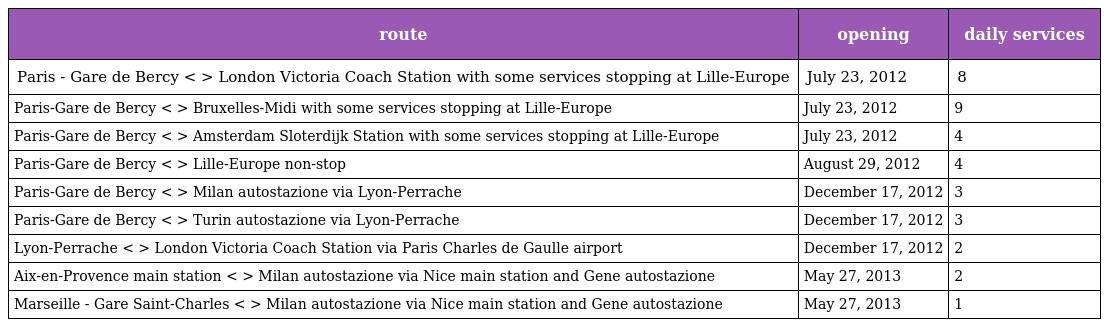
| route | opening | daily services |
 | --- | --- | --- |
 | Paris - Gare de Bercy < > London Victoria Coach Station with some services stopping at Lille-Europe | July 23, 2012 | 8 |
 | Paris-Gare de Bercy < > Bruxelles-Midi with some services stopping at Lille-Europe | July 23, 2012 | 9 |
 | Paris-Gare de Bercy < > Amsterdam Sloterdijk Station with some services stopping at Lille-Europe | July 23, 2012 | 4 |
 | Paris-Gare de Bercy < > Lille-Europe non-stop | August 29, 2012 | 4 |
 | Paris-Gare de Bercy < > Milan autostazione via Lyon-Perrache | December 17, 2012 | 3 |
 | Paris-Gare de Bercy < > Turin autostazione via Lyon-Perrache | December 17, 2012 | 3 |
 | Lyon-Perrache < > London Victoria Coach Station via Paris Charles de Gaulle airport | December 17, 2012 | 2 |
 | Aix-en-Provence main station < > Milan autostazione via Nice main station and Gene autostazione | May 27, 2013 | 2 |
 | Marseille - Gare Saint-Charles < > Milan autostazione via Nice main station and Gene autostazione | May 27, 2013 | 1 |